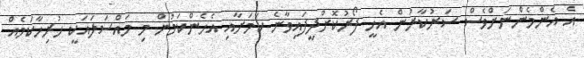
އެ އެންމެންނަށްވެސް ސަރުކާރުން އެހީ ފޯރުކޮށްދީފައިވާނެ ކަމަށާއި އެހެންކަމުން މި މައްސަލައަކީ ހުރިހާކަމެއް